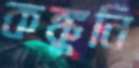
কঙ্কুনি